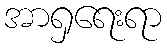
အာရှရေးရာ